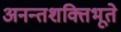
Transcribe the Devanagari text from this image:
अनन्तशक्तिभूते